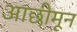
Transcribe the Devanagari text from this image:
आछीमून